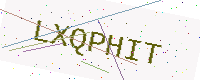
Text: LXQPHIT